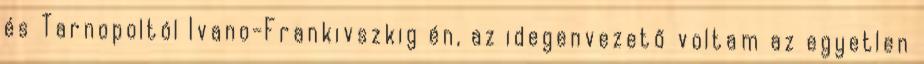
és Tarnopoltól Ivano-Frankivszkig én, az idegenvezető voltam az egyetlen